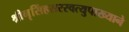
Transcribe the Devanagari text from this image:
श्रीनृसिंहसरस्वत्युपाख्याने